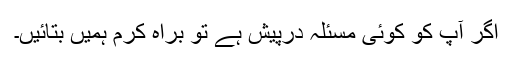
اگر آپ کو کوئی مسئلہ درپیش ہے تو براہ کرم ہمیں بتائیں۔